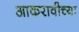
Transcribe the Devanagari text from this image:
आकरावीच्या